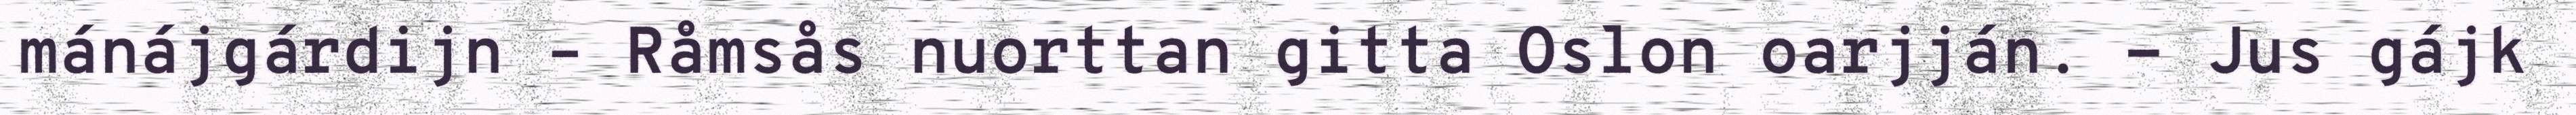
mánájgárdijn – Råmsås nuorttan gitta Oslon oarjján. - Jus gájk